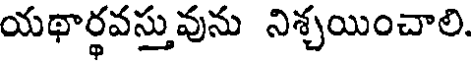
యథార్థవస్తువును నిశ్చయించాలి.